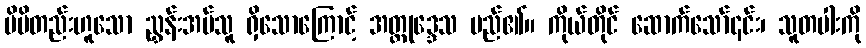
မိမိတည်းဟူသော ညွှန်းအပ်သူ ရှိသောကြောင့် အတ္တုဒ္ဒေသ မည်၏။ ကိုယ်တိုင် ဆောက်သော်၎င်း၊ သူတပါးကို